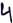
Text: 4